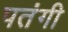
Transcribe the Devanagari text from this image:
पतंगी